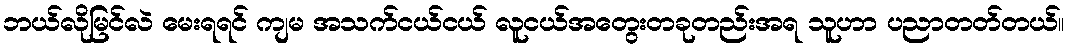
ဘယ်လိုမြင်လဲ မေးရရင် ကျမ အသက်ငယ်ငယ် လူငယ်အတွေးတခုတည်းအရ သူဟာ ပညာတတ်တယ်။